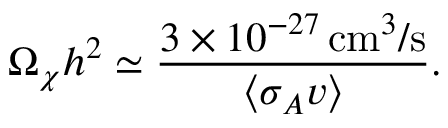
\Omega _ { \chi } h ^ { 2 } \simeq \frac { 3 \times 1 0 ^ { - 2 7 } \, \mathrm { c m } ^ { 3 } / \mathrm { s } } { \langle \sigma _ { A } v \rangle } .